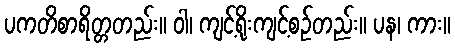
ပကတိစာရိတ္တတည်း။ ဝါ၊ ကျင့်ရိုးကျင့်စဉ်တည်း။ ပန၊ ကား။